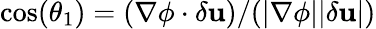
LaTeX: \cos(\theta_{1})=(\mathbf{\nabla\phi}\cdot\delta\mathbf{u})/(|\nabla\phi||\delta\mathbf{u}|)